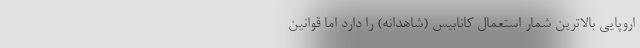
اروپایی بالاترین شمار استعمال کانابیس (شاهدانه) را دارد اما قوانین